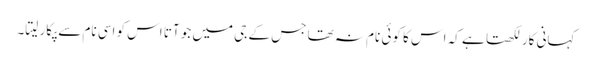
کہانی کار لکھتا ہے کہ اس کا کوئی نام نہ تھا جس کے جی میں جو آتا اس کو اسی نام سے پکار لیتا۔